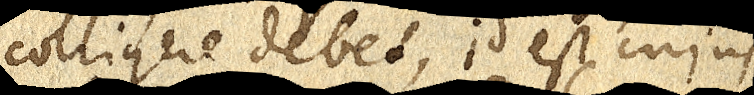
colligere debet, id est cujus